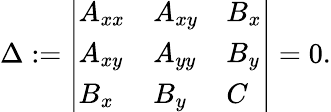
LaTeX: \Delta:={\left|\begin{array}{lll}{A_{xx}}&{A_{xy}}&{B_{x}}\\ {A_{xy}}&{A_{yy}}&{B_{y}}\\ {B_{x}}&{B_{y}}&{C}\end{array}\right|}=0.